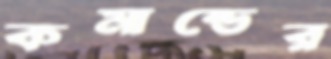
কমান্ডের